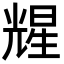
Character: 𪞃